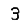
Digit: 3